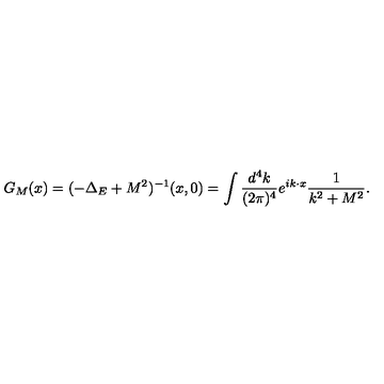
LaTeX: G _ { M } ( x ) = ( - \Delta _ { E } + M ^ { 2 } ) ^ { - 1 } ( x , 0 ) = \int { \frac { d ^ { 4 } k } { ( 2 \pi ) ^ { 4 } } } e ^ { i k \cdot x } { \frac { 1 } { k ^ { 2 } + M ^ { 2 } } } .